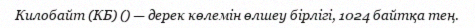
Килобайт (КБ) () — дерек көлемін өлшеу бірлігі, 1024 байтқа тең.